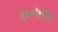
સનાલા